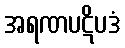
အရဏပဋိပဒံ